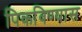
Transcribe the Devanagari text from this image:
पिकविण्यास